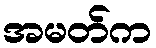
အမတ်က